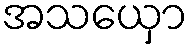
အသယှော